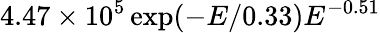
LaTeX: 4.47\times 10^{5}\exp(-E/0.33)E^{-0.51}